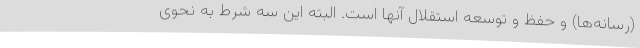
(رسانه‌ها) و حفظ و توسعه استقلال آنها است. البته این سه شرط به نحوی